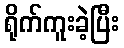
ရိုက်ကူးခဲ့ပြီး